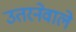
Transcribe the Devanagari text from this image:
उतरनेवाले